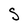
Character: S